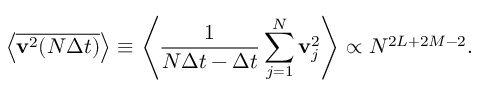
\left< \overline { { \mathbf { v } ^ { 2 } ( N \Delta t ) } } \right> \equiv \left< \frac { 1 } { N \Delta t - \Delta t } \sum _ { j = 1 } ^ { N } \mathbf { v } _ { j } ^ { 2 } \right> \propto N ^ { 2 L + 2 M - 2 } .